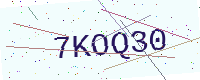
Text: 7KOQ30